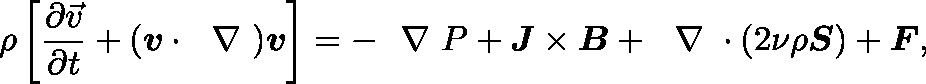
\rho \left[ \frac { \partial \vec { v } } { \partial t } + ( \boldsymbol { v } \cdot \mathrm { ~ \boldmath ~ \nabla ~ } ) \boldsymbol { v } \right] = - \mathrm { ~ \boldmath ~ \nabla ~ } P + \boldsymbol { J } \times \boldsymbol { B } + \mathrm { ~ \boldmath ~ \nabla ~ } \cdot ( 2 \nu \rho \boldsymbol { S } ) + \boldsymbol { F } ,